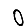
Digit: 0